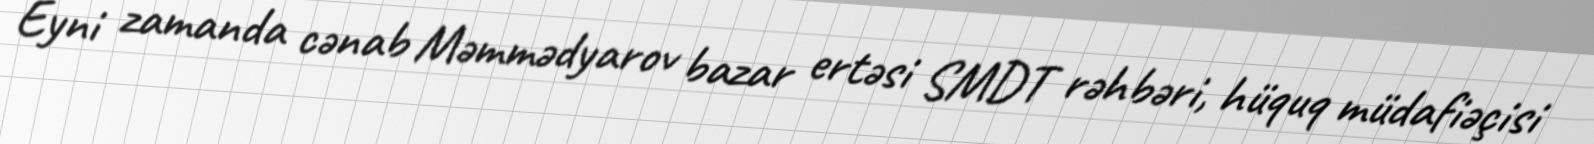
Eyni zamanda cənab Məmmədyarov bazar ertəsi SMDT rəhbəri, hüquq müdafiəçisi